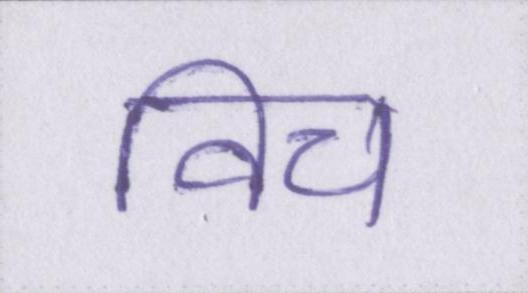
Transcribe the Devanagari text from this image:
विच